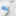
به